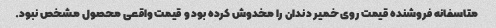
متاسفانه فروشنده قیمت روی خمیر دندان را مخدوش کرده بود و قیمت واقعی محصول مشخص نبود.